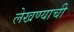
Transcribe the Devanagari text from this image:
लेखण्याची